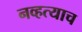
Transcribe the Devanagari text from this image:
नव्हत्याच